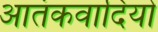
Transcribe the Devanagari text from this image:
आतंकवादियोँ